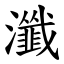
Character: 瀸